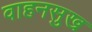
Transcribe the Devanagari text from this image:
वाहनसुख